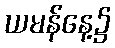
ယမန်နေ့၌